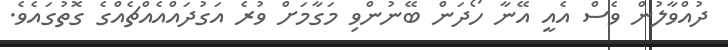
ދުއްވާލުން ވެސް އެއީ އޭނާ ހޯދަން ބޭނުންވި މަގާމަށް ވުރެ އަގުދައްއެއްޗެއްގެ ގޮތުގައެވެ.